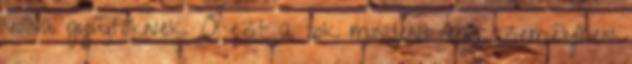
volna gyűjtőknek. Ő ezt a sok mindent egy személyben